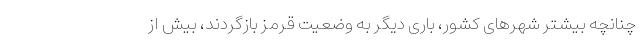
چنانچه بیشتر شهرهای کشور، باری دیگر به وضعیت قرمز بازگردند، بیش از